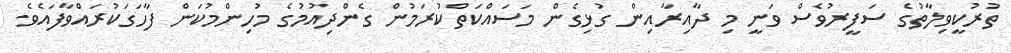
ތުރުކީވިލާތުގެ ސަފީރުވެސް ވަނީ މި ދާއިރާއިން ގުޅިގެން މަސައްކަތްކުރަމުން ގެންދިއުމުގެ މުހިންމުކަން ފާހަގަކުރައްވާފައެވެ.